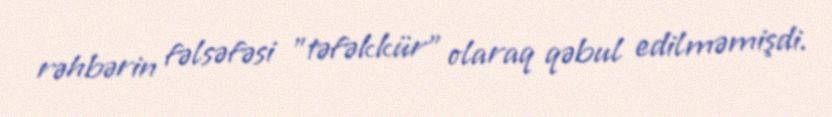
rəhbərin fəlsəfəsi "təfəkkür" olaraq qəbul edilməmişdi.